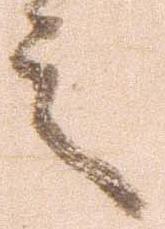
言